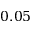
0 . 0 5